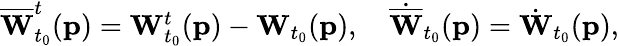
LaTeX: \begin{array}{r}{\overline{{\mathbf{W}}}_{t_{0}}^{t}(\mathbf{p})=\mathbf{W}_{t_{0}}^{t}(\mathbf{p})-\mathbf{W}_{t_{0}}(\mathbf{p}),\quad\dot{\overline{{\mathbf{W}}}}_{t_{0}}(\mathbf{p})=\dot{\mathbf{W}}_{t_{0}}(\mathbf{p}),}\end{array}